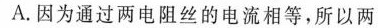
A.因为通过两电阻丝的电流相等，所以两